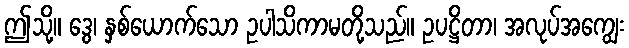
ဤသို့။ ဒွေ၊ နှစ်ယောက်သော ဥပါသိကာမတို့သည်။ ဥပဋ္ဌိတာ၊ အလုပ်အကျွေး